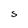
Character: S